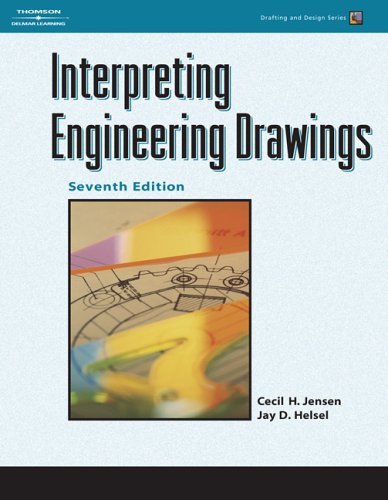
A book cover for By Cecil H. Jensen, Jay D. Helsel: Interpreting Engineering Drawings (Drafting and Design) Seventh (7th) Edition; -Author-; Engineering & Transportation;